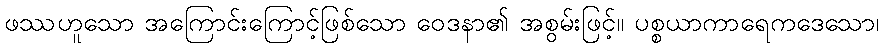
ဖဿဟူသော အကြောင်းကြောင့်ဖြစ်သော ဝေဒနာ၏ အစွမ်းဖြင့်။ ပစ္စယာကာရေကဒေသော၊